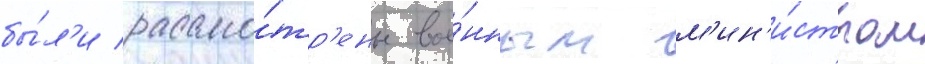
бы́л'и рассмо́тр'ены вое́нным м'ин'и́стром